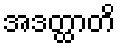
အဒတ္ထာတိ